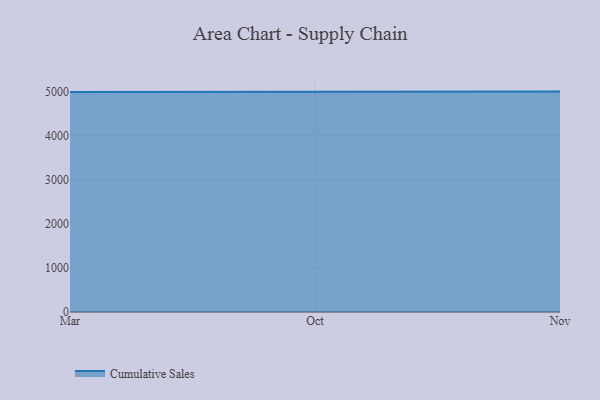
{"axis": {"x": "Month", "y": "Backlog"}, "legend": ["Cumulative Sales"], "data": [{"x": "Mar", "y": 4992.7, "type": "Cumulative Sales"}, {"x": "Oct", "y": 5000, "type": "Cumulative Sales"}, {"x": "Nov", "y": 5000, "type": "Cumulative Sales"}]}